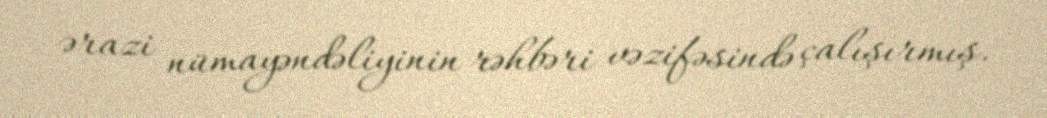
ərazi nümayəndəliyinin rəhbəri vəzifəsində çalışırmış.